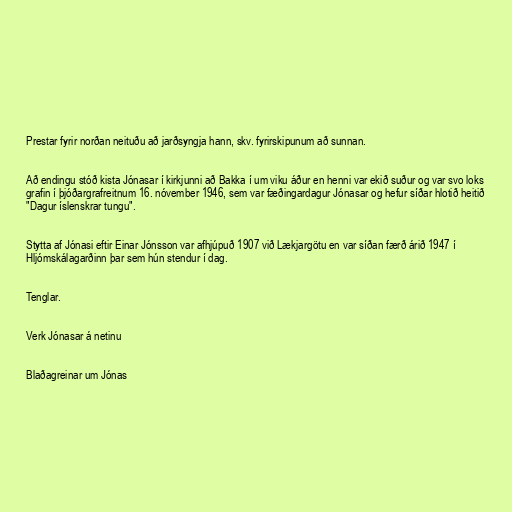
Prestar fyrir norðan neituðu að jarðsyngja hann, skv. fyrirskipunum að sunnan.

Að endingu stóð kista Jónasar í kirkjunni að Bakka í um viku áður en henni var ekið suður og var svo loks
grafin í þjóðargrafreitnum 16. nóvember 1946, sem var fæðingardagur Jónasar og hefur síðar hlotið heitið
"Dagur íslenskrar tungu".

Stytta af Jónasi eftir Einar Jónsson var afhjúpuð 1907 við Lækjargötu en var síðan færð árið 1947 í
Hljómskálagarðinn þar sem hún stendur í dag.

Tenglar.

Verk Jónasar á netinu

Blaðagreinar um Jónas